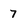
Character: 7